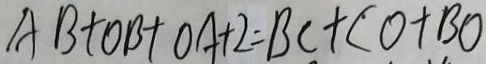
A B + O B + O A + 2 = B C + C O + B O